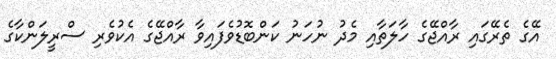
އޭގެ ތެރޭގައި ރާއްޖޭގެ ހާލަތާއި މެދު ނުހަނު ކަންބޮޑުވެފައިވާ ރާއްޖޭގެ އެކުވެރި ސްރީލަންކާގެ